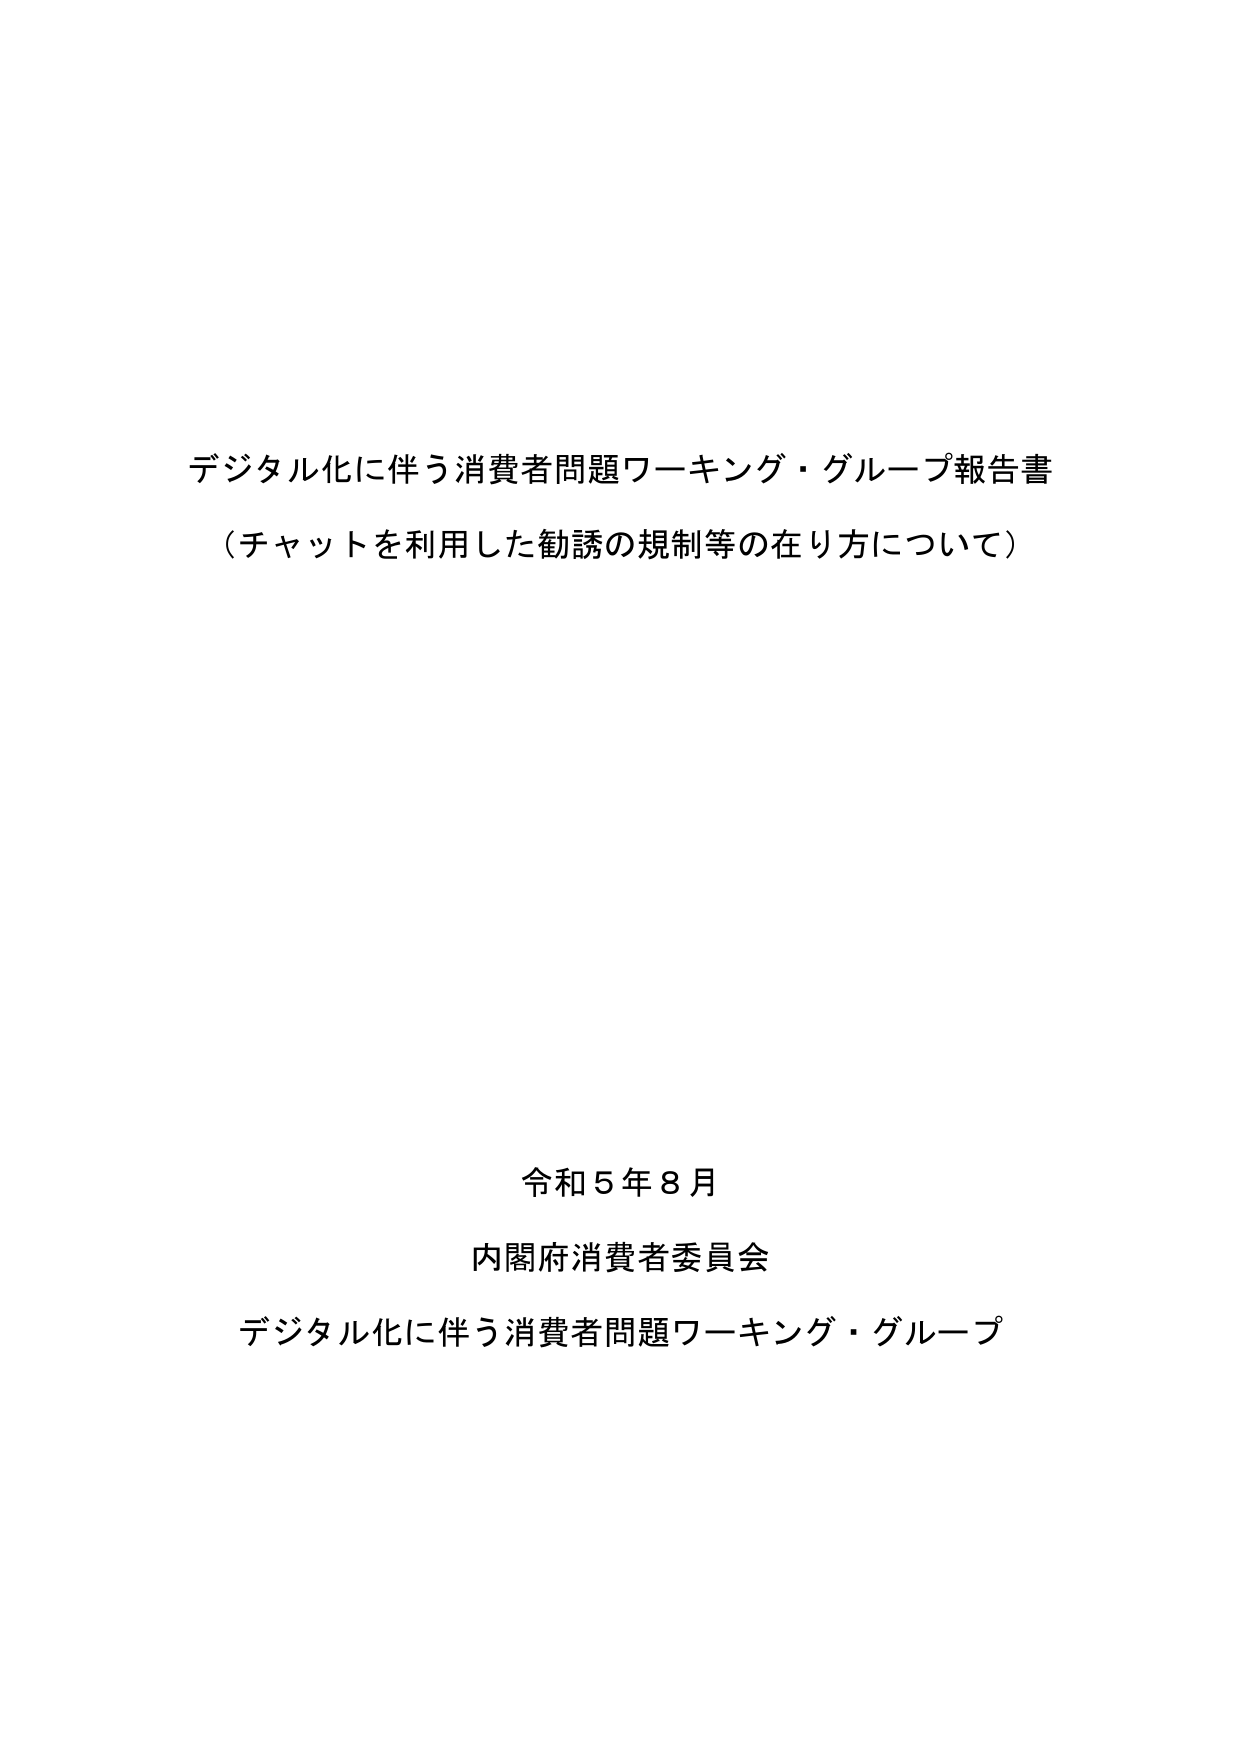
デジタル化に伴う消費者問題ワーキング・グループ報告書
（チャットを利用した勧誘の規制等の在り方について）

令和５年８月
内閣府消費者委員会
デジタル化に伴う消費者問題ワーキング・グループ